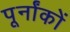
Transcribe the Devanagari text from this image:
पूर्नांकों